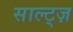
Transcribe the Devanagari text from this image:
साल्ट्ज़